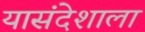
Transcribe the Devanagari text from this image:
यासंदेशाला